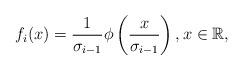
LaTeX: \begin{align*} f_i(x)=\frac 1{\sigma_{i-1}}\phi\left( \frac x{\sigma_{i-1} }\right), x\in \mathbb R, \end{align*}